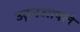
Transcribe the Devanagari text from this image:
उठूनआपले